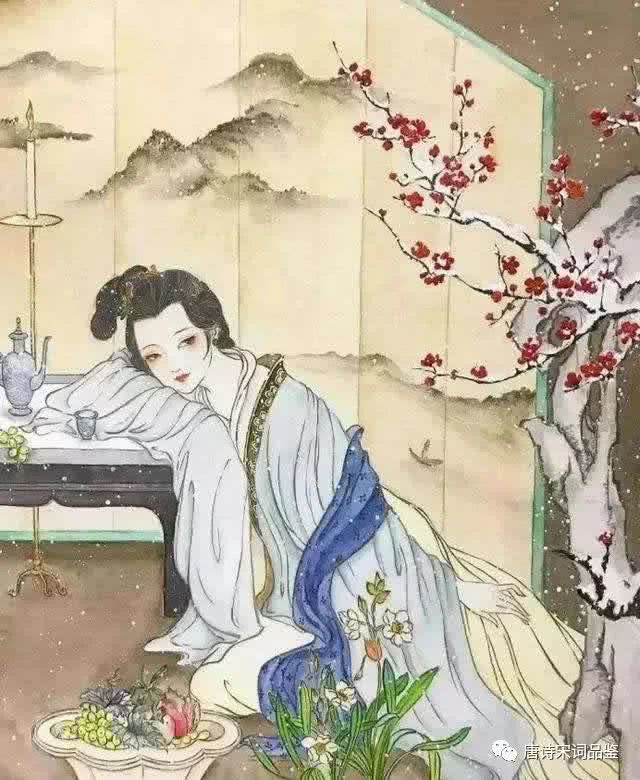
风柔日薄春犹早。夹衫乍著心情好。